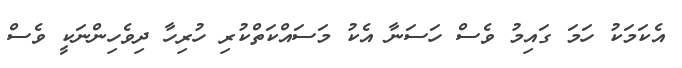
އެކަމަކު ހަމަ ގައިމު ވެސް ހަސަނާ އެކު މަސައްކަތްކުރި ހުރިހާ ދިވެހިންނަކީ ވެސް